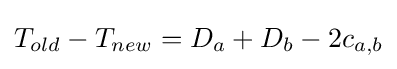
T_{old}-T_{new}=D_{a}+D_{b}-2c_{a,b}